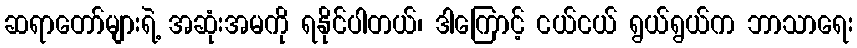
ဆရာတော်များရဲ့ အဆုံးအမကို ရနိုင်ပါတယ်၊ ဒါကြောင့် ငယ်ငယ် ရွယ်ရွယ်က ဘာသာရေး